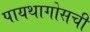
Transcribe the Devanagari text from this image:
पायथागोसची